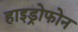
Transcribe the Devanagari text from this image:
हाइड्रोफोन